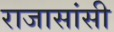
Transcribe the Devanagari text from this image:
राजासांसी